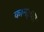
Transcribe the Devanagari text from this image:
कामइच्‍छा